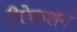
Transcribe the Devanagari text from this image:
रीऐकशन